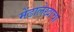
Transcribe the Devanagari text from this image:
मेंढालेखाचा